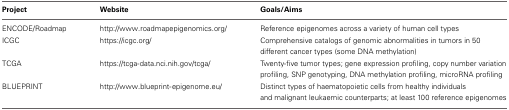
<table><thead><tr><td><b>Project</b></td><td><b>Website</b></td><td><b>Goals/Aims</b></td></tr></thead><tbody><tr><td>ENCODE/Roadmap</td><td>http://www.roadmapepigenomics.org/</td><td>Reference epigenomes across a variety of human cell types</td></tr><tr><td>ICGC</td><td>https://icgc.org/</td><td>Comprehensive catalogs of genomic abnormalities in tumors in 50 different cancer types (some DNA methylation)</td></tr><tr><td>TCGA</td><td>https://tcga-data.nci.nih.gov/tcga/</td><td>Twenty-five tumor types; gene expression profiling, copy number variation profiling, SNP genotyping, DNA methylation profiling, microRNA profiling</td></tr><tr><td>BLUEPRINT</td><td>http://www.blueprint-epigenome.eu/</td><td>Distinct types of haematopoietic cells from healthy individuals and malignant leukaemic counterparts; at least 100 reference epigenomes</td></tr></tbody></table>